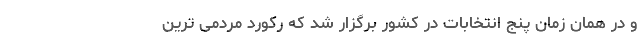
و در همان زمان پنج انتخابات در کشور برگزار شد که رکورد مردمی ترین